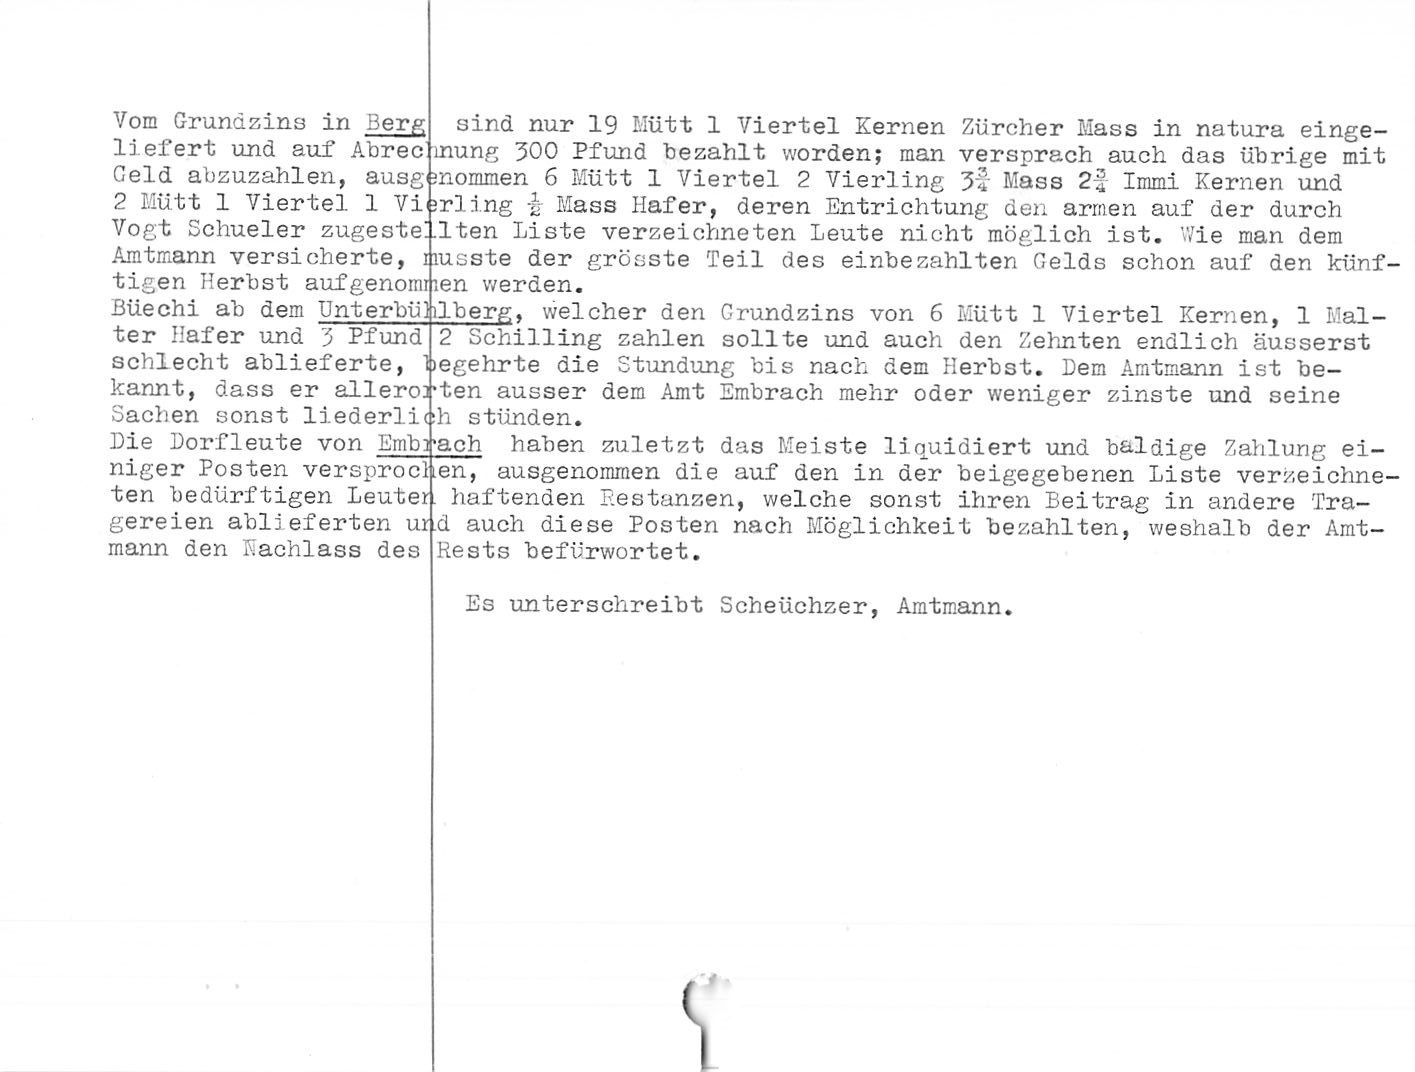
Vom Grundzins in Berg sind nur 19 Mütt 1 Viertel Kernen Zürcher Mass in natura einge¬
liefert und auf Abrec inung ZOO Pfund bezahlt worden; man versprach auch das übrige mit
Geld abzuzahlen, ausg mommen 6 Mütt 1 Viertel 2 Vierling Mass 2-f Immi Kernen und
2 Mütt 1 Viertel 1 Vi ;rling -j} Mass Hafer, deren Entrichtung den armen auf der durch
Vogt Schueler zugeste!.Iten Liste verzeichneten Leute nicht möglich ist. Wie man dem
Amtmann versicherte, musste der grösste Teil des einbezahlten Gelds schon auf den künf¬
tigen Herbst aufgenommen werden.

Büechi ab dem Unterbühlberg, welcher den Grundzins von 6 Mütt 1 Viertel Kernen, 1 Mal¬

ter Hafer und 5 Pfund 2 Schilling zahlen sollte und auch den Zehnten endlich äusserst
schlecht ablieferte, begehrte die Stundung bis nach dem Herbst. Dem Amtmann ist be¬
kannt, dass er allerorten ausser dem Amt Embrach mehr oder weniger zinste und seine
Sachen sonst liederlich stünden.

Die Dorfheute von Embyach haben zuletzt das Meiste liquidiert und baldige Zahlung ei¬

niger Posten versprochen, ausgenommen die auf den in der beigegebenen Liste verzeichne¬

ten bedürftigen Leuter

gereien ablieferten urd auch diese Posten nach Möglichkeit bezahlten, weshalb der Amt¬

mann den Nachlass des

haftenden nestanzen, welche sonst ihren Beitrag in andere fra-

Rests befürwortet.

Es unterschreibt Scheüchzer, Amtmann.